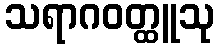
သရာဂဝတ္ထူသု